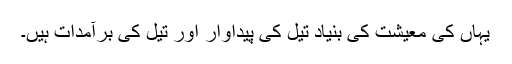
یہاں کی معیشت کی بنیاد تیل کی پیداوار اور تیل کی برآمدات ہیں۔